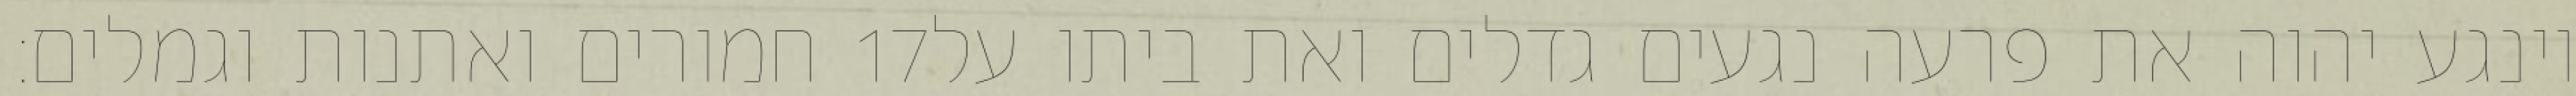
חמורים ואתנות וגמלים׃ ‎17‏ וינגע יהוה את פרעה נגעים גדלים ואת ביתו על